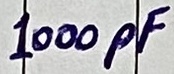
Text: 1000pF